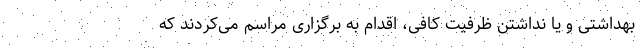
بهداشتی و یا نداشتن ظرفیت کافی، اقدام به برگزاری مراسم می‌کردند که